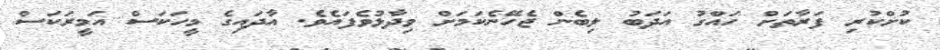
ކުށްކުރި ފަރާތަށް ހައްގު އަދަބު ލިބެން ޖެހޭނެކަމަށް ވިދާޅުވެފައެވެ. އާދައިގެ މީހަކަސް އަމީރަކަސް